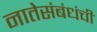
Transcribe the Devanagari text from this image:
नातेसंबंधंची